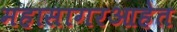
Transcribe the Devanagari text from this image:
महासागरआहेत